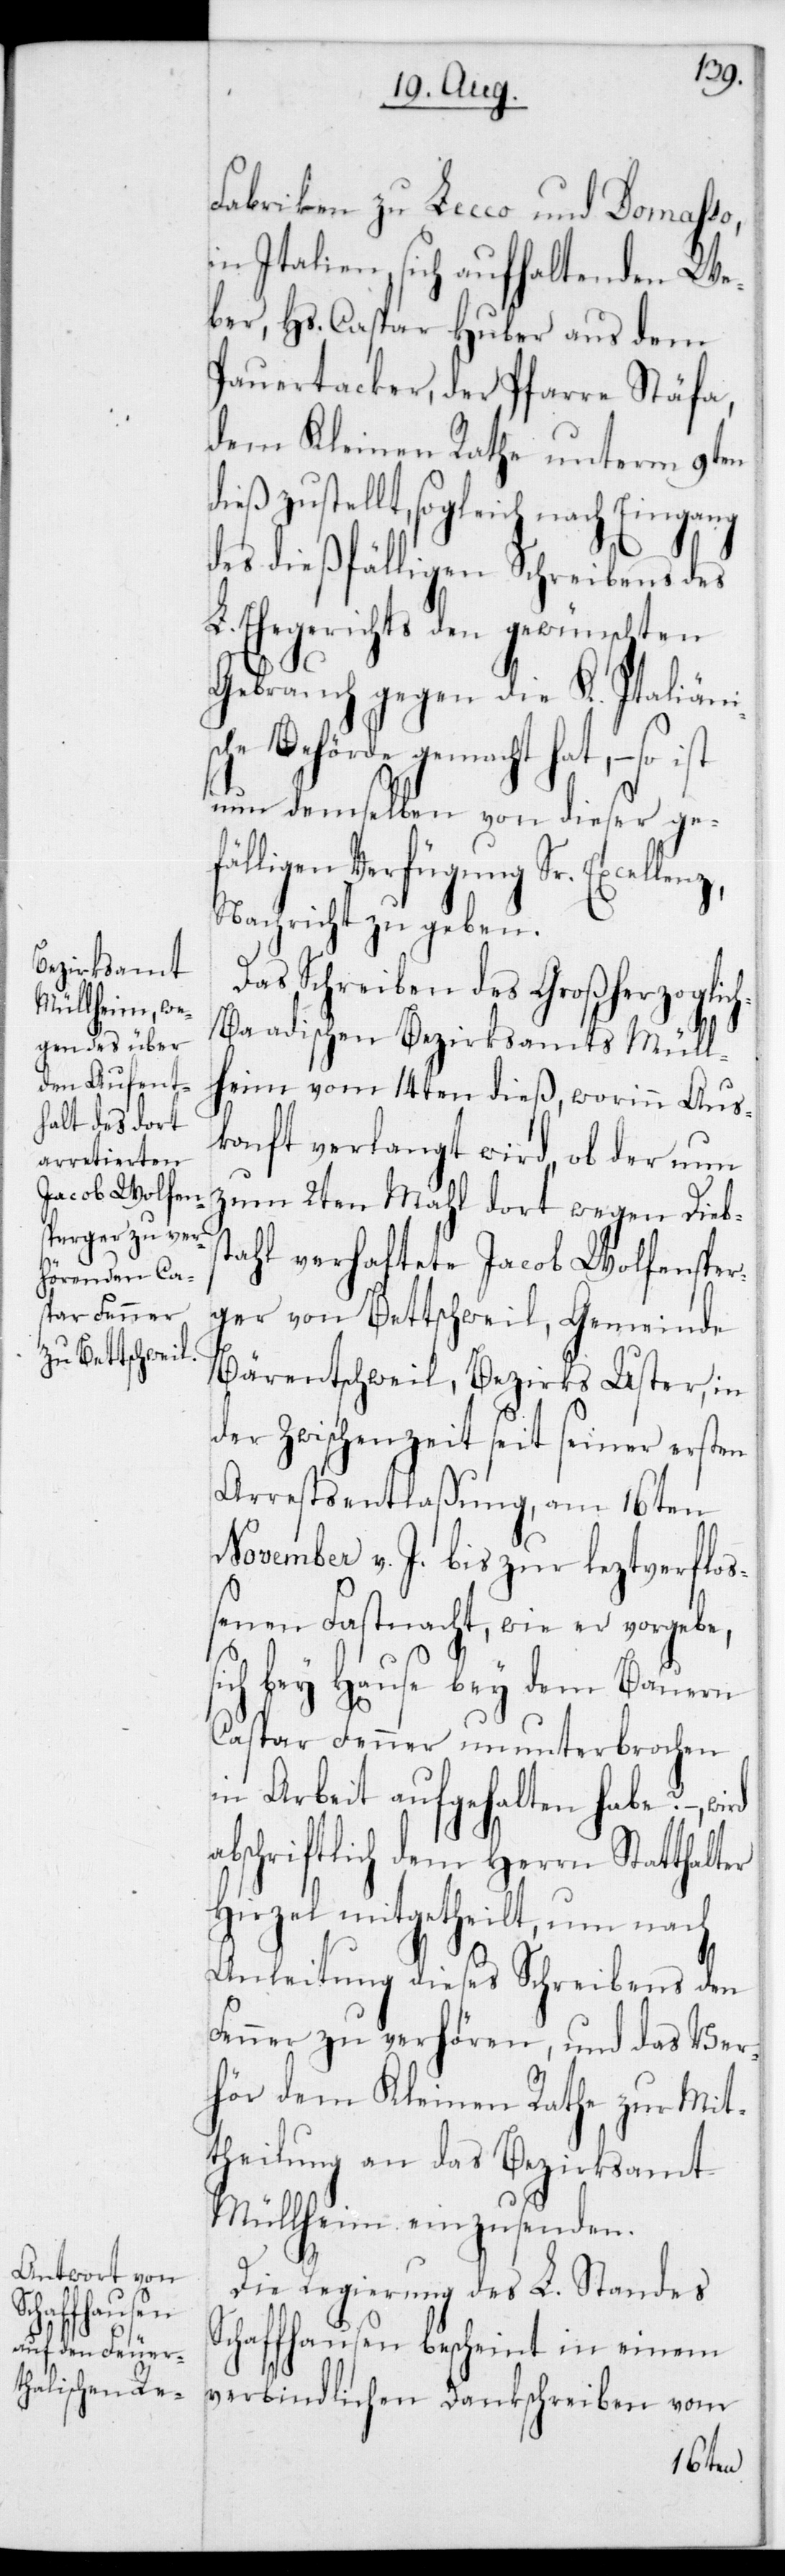
Fabriken zu Lecco und Domasso
in Italien, sich aufhaltenden We¬
ber Hs. Caspar Huber aus dem
dem Kleinen Rathe unterm 9ten
dieß zustellt, sogleich nach Eingang
des dießfälligen Schreibens des
L. Ehegerichts den gewünschten
Gebrauch gegen die K. Italiänis¬
che Behörde gemacht hat, – so
nun demselben von dieser gef¬
älligen Verfügung Sr. Exce¬
Nachricht zu geben.
Das Schreiben des Großherzoglic¬
h-Baadischen Bezirksamt Müll¬
heim vom 14ten dieß, worinn Aus¬
konft verlangt wird, ob der nun
zum 2ten Mahl dort wegen Diebs¬
tahl verhaftete Jacob Wolfensper¬
ger von Bettschweil, Gemeinde
Bärentschweil, Bezirks Uster, in
der Zwischenzeit seit seiner ersten
Arrestentlaßung am 16ten
November v. J. bis zur leztverfloß¬
enen Fastnacht, wie er vorgebe,
bey Hause bey dem Bauern
Caspar Fenner ununterbrochen
in Arbeit aufgehalten habe? –,
abschriftlich dem Herrn Statthalter
Hirzel mitgetheilt, um nach
Anleitung dieses Schreibens den
Fenner zu verhören, und das Ver¬
hör dem Kleinen Rathe zur Mit¬
theilung an das Bezirksamt
Müllheim einzusenden.
Die Regierung des L. Standes
Schaffhausen bescheint in einem
verbindlichen Dankschreiben vom
llenz,